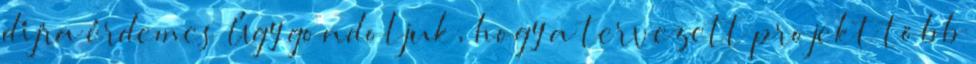
díjra érdemes Úgy gondoljuk, hogy a tervezett projekt több